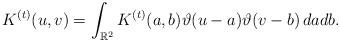
LaTeX: \begin{align*}K^{(t)}(u,v) = \int_{\mathbb{R}^2} K^{(t)}(a,b) \vartheta(u-a) \vartheta(v-b) \,da db.\end{align*}